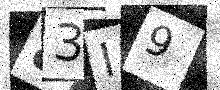
Text: 83I9